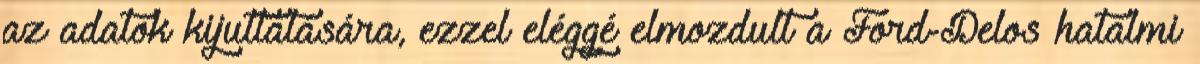
az adatok kijuttatására, ezzel eléggé elmozdult a Ford-Delos hatalmi